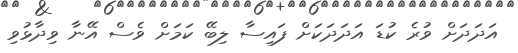
އަދަދަށް ވުރެ ކުޑަ އަދަދަކަށް ފައިސާ ލިބޭ ކަމަށް ވެސް އޭނާ ވިދާޅުވި